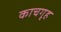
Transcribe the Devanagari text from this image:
काचगृह